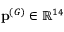
\mathbf { p } ^ { ( G ) } \in \mathbb { R } ^ { 1 4 }